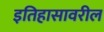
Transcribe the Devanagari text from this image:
इतिहासावरील